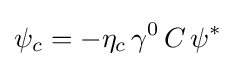
\psi _{c}=-\eta _{c}\,\gamma ^{0}\,C\,\psi ^{*}~